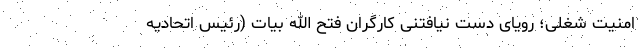
امنیت شغلی؛ رویای دست نیافتنی کارگران فتح الله بیات (رئیس اتحادیه